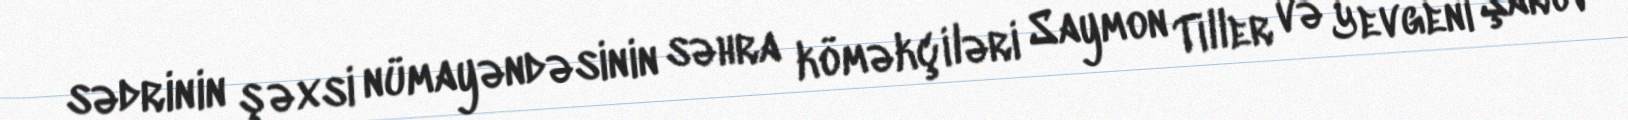
sədrinin şəxsi nümayəndəsinin səhra köməkçiləri Saymon Tiller və Yevgeni Şarov